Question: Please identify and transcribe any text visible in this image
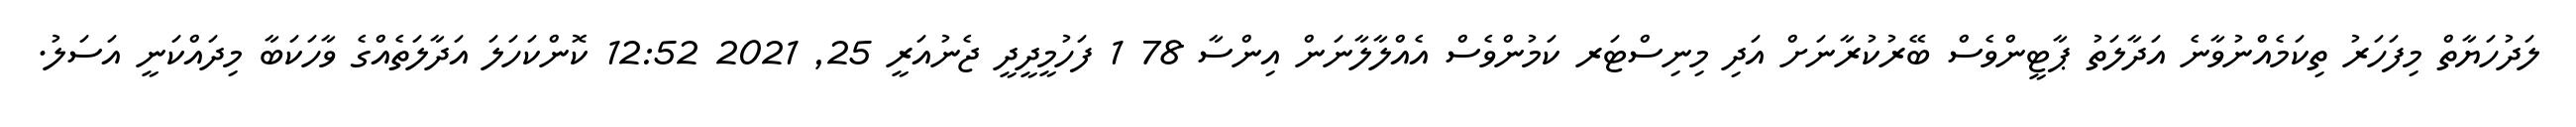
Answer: ލަދުހަޔާތް މިފަހަރު ތިކަމެއްނުވާނެ އަދާލަތު ޕާޓީންވެސް ބޭރުކުރާނަށް އަދި މިނިސްޓަރ ކަމުންވެސް އެއްލާލާނަން އިންސާ 78 1 ފަހުމީދީދީ ޖެނުއަރީ 25, 2021 12:52 ކޮންކަހަލަ އަދާލަތެއްގެ ވާހަކަބާ މިދައްކަނީ އަސަލު.